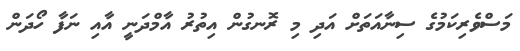
މަސްވެރިކަމުގެ ސިނާއަތަށް އަދި މި ރޮނގުން އިތުރު އާމްދަނީ އާއި ނަފާ ހޯދަަން